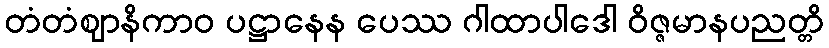
တံတံဈာနိကာဝ ပဋ္ဌာနေန ပေဿ ဂါထာပါဒေါ ဝိဇ္ဇမာနပညတ္တိ